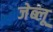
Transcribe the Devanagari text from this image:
जेब्‍लू